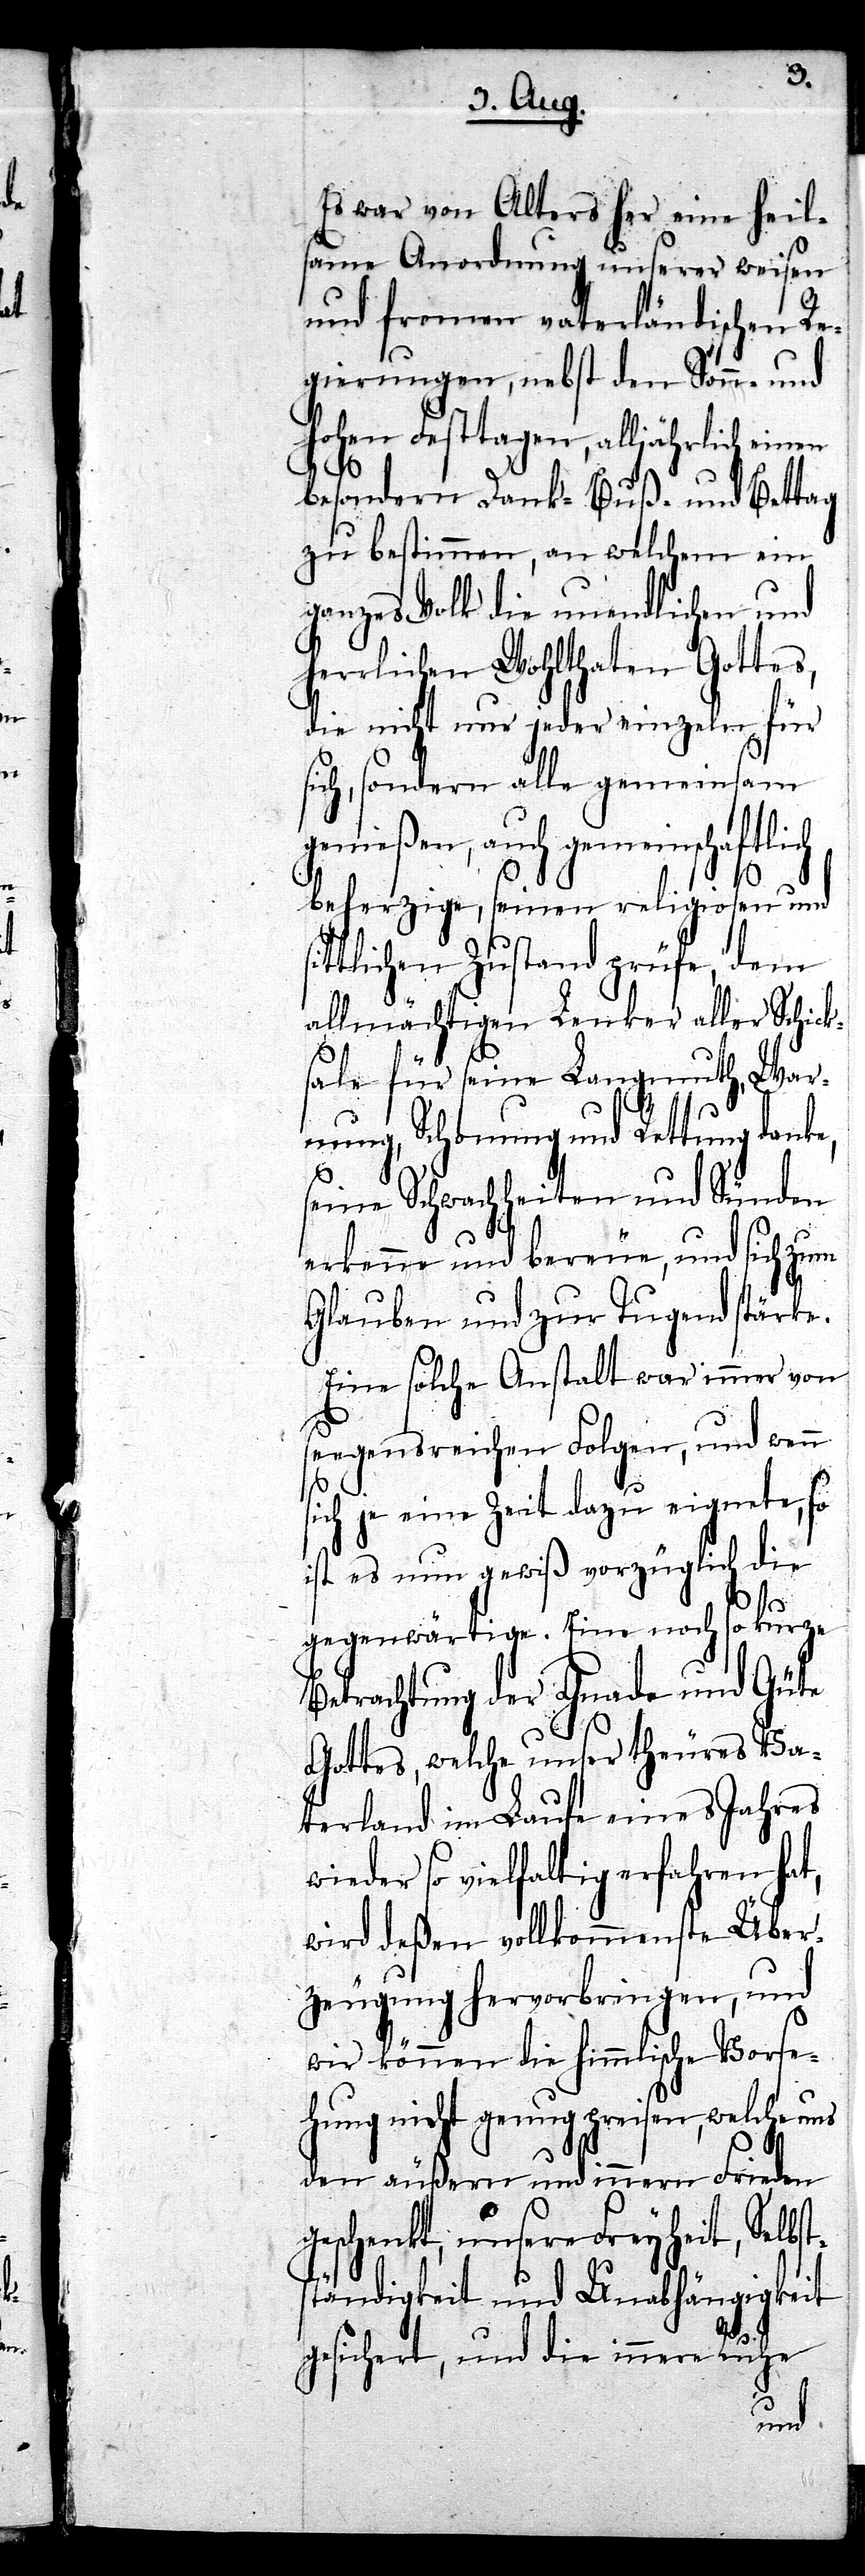
Es war von Alters her eine heil¬
same Anordnung unserer weisen
und fromen vaterländischen Re¬
gierungen, nebst den Sonn- und
hohen Festtagen, alljährlich einen
besondern Dank- Buß- und Bettag
zu bestimmen, an welchem ein
ganzes Volk die unendlichen und
herrlichen Wohlthaten Gottes,
die nicht nur jeder einzeln für
sich, sondern alle gemeinsam
genießen, auch gemeinschaftlich
beherzige, seinen religiosen und
tlichen Zustand prüfe, dem
allmächtigen Lenker aller Schick¬
sale für seine Langmuth, War¬
nung, Schonung und Rettung danke,
seine Schwachheiten und Sünden
erkenne und bereue, und sich zum
t¬
Glauben und zur Tugend stärke.
Eine solche Anstalt war immer von
seegensreichen Folgen, und wenn
sich je eine Zeit dazu eignete, so
ist es nun gewiß vorzüglich die
gegenwärtige. Eine noch so kurze
Betrachtung der Gnade und Güte
Gottes, welche unser theures Va¬
terland im Laufe eines Jahres
wieder so vielfaltig erfahren hat,
wird deßen vollkommenste Über¬
zeugung hervorbringen, und
wir können die himmlische Vorse¬
hung nicht genug preisen, welche uns
den äußern und innern Frieden
geschenkt, unsere Freyheit, Selbs¬
ständigkeit und Unabhängigkeit
gesichert, und die innere Ruhe